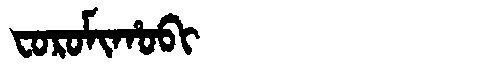
Manchu: ᠸᠣᡵᠣᠮᡳᡥᠣᠪᡳ
Romanization: FOROMIHOBI